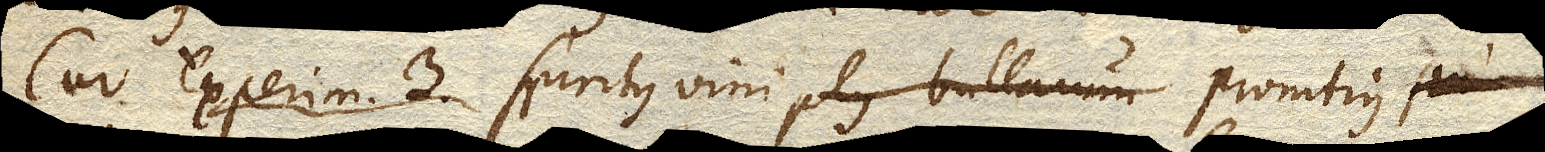
Cur Experim. 3. spiritus vini plus bullarum promtius